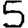
Digit: 5